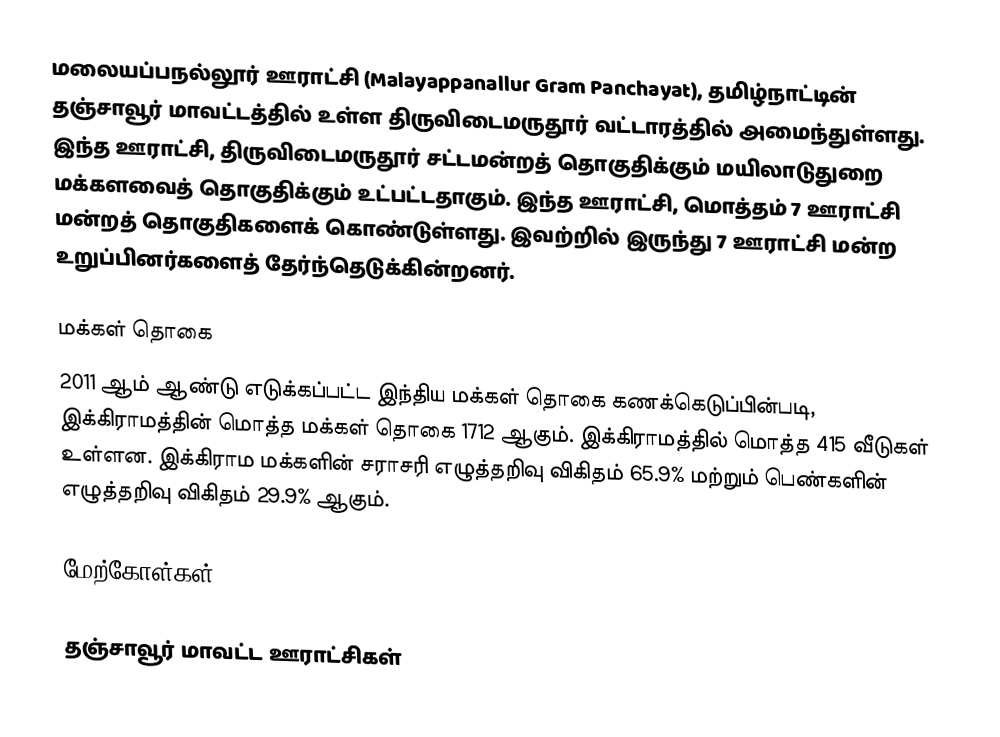
மலையப்பநல்லூர் ஊராட்சி (Malayappanallur Gram Panchayat), தமிழ்நாட்டின் தஞ்சாவூர் மாவட்டத்தில் உள்ள திருவிடைமருதூர் வட்டாரத்தில் அமைந்துள்ளது. இந்த ஊராட்சி, திருவிடைமருதூர் சட்டமன்றத் தொகுதிக்கும் மயிலாடுதுறை மக்களவைத் தொகுதிக்கும் உட்பட்டதாகும். இந்த ஊராட்சி, மொத்தம் 7 ஊராட்சி மன்றத் தொகுதிகளைக் கொண்டுள்ளது. இவற்றில் இருந்து 7 ஊராட்சி மன்ற உறுப்பினர்களைத் தேர்ந்தெடுக்கின்றனர்.

மக்கள் தொகை
2011 ஆம் ஆண்டு எடுக்கப்பட்ட இந்திய மக்கள் தொகை கணக்கெடுப்பின்படி, இக்கிராமத்தின் மொத்த மக்கள் தொகை 1712 ஆகும். இக்கிராமத்தில் மொத்த 415 வீடுகள் உள்ளன. இக்கிராம மக்களின் சராசரி எழுத்தறிவு விகிதம் 65.9% மற்றும் பெண்களின் எழுத்தறிவு விகிதம் 29.9% ஆகும்.

மேற்கோள்கள்

தஞ்சாவூர் மாவட்ட ஊராட்சிகள்